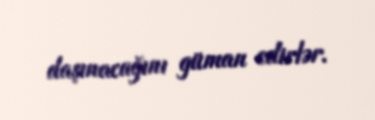
daşınacağını güman edirlər.